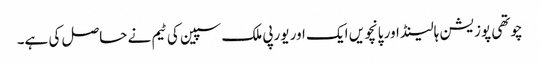
چوتھی پوزیشن ہالینڈ اور پانچویں ایک اور یورپی ملک سپین کی ٹیم نے حاصل کی ہے۔